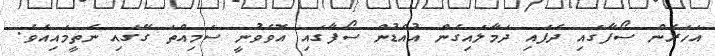
އަހަރެން ސޯފާގައި ދެފައި ދަމާލައިގެން އުއްޑުން ސޯފާގައި އޮވެވުނީ ސަމިއްތަ ގޭގައި ނެތީމައިއެވެ.